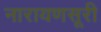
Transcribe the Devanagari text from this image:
नारायणसूरी